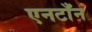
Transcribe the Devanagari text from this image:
एनटाँन